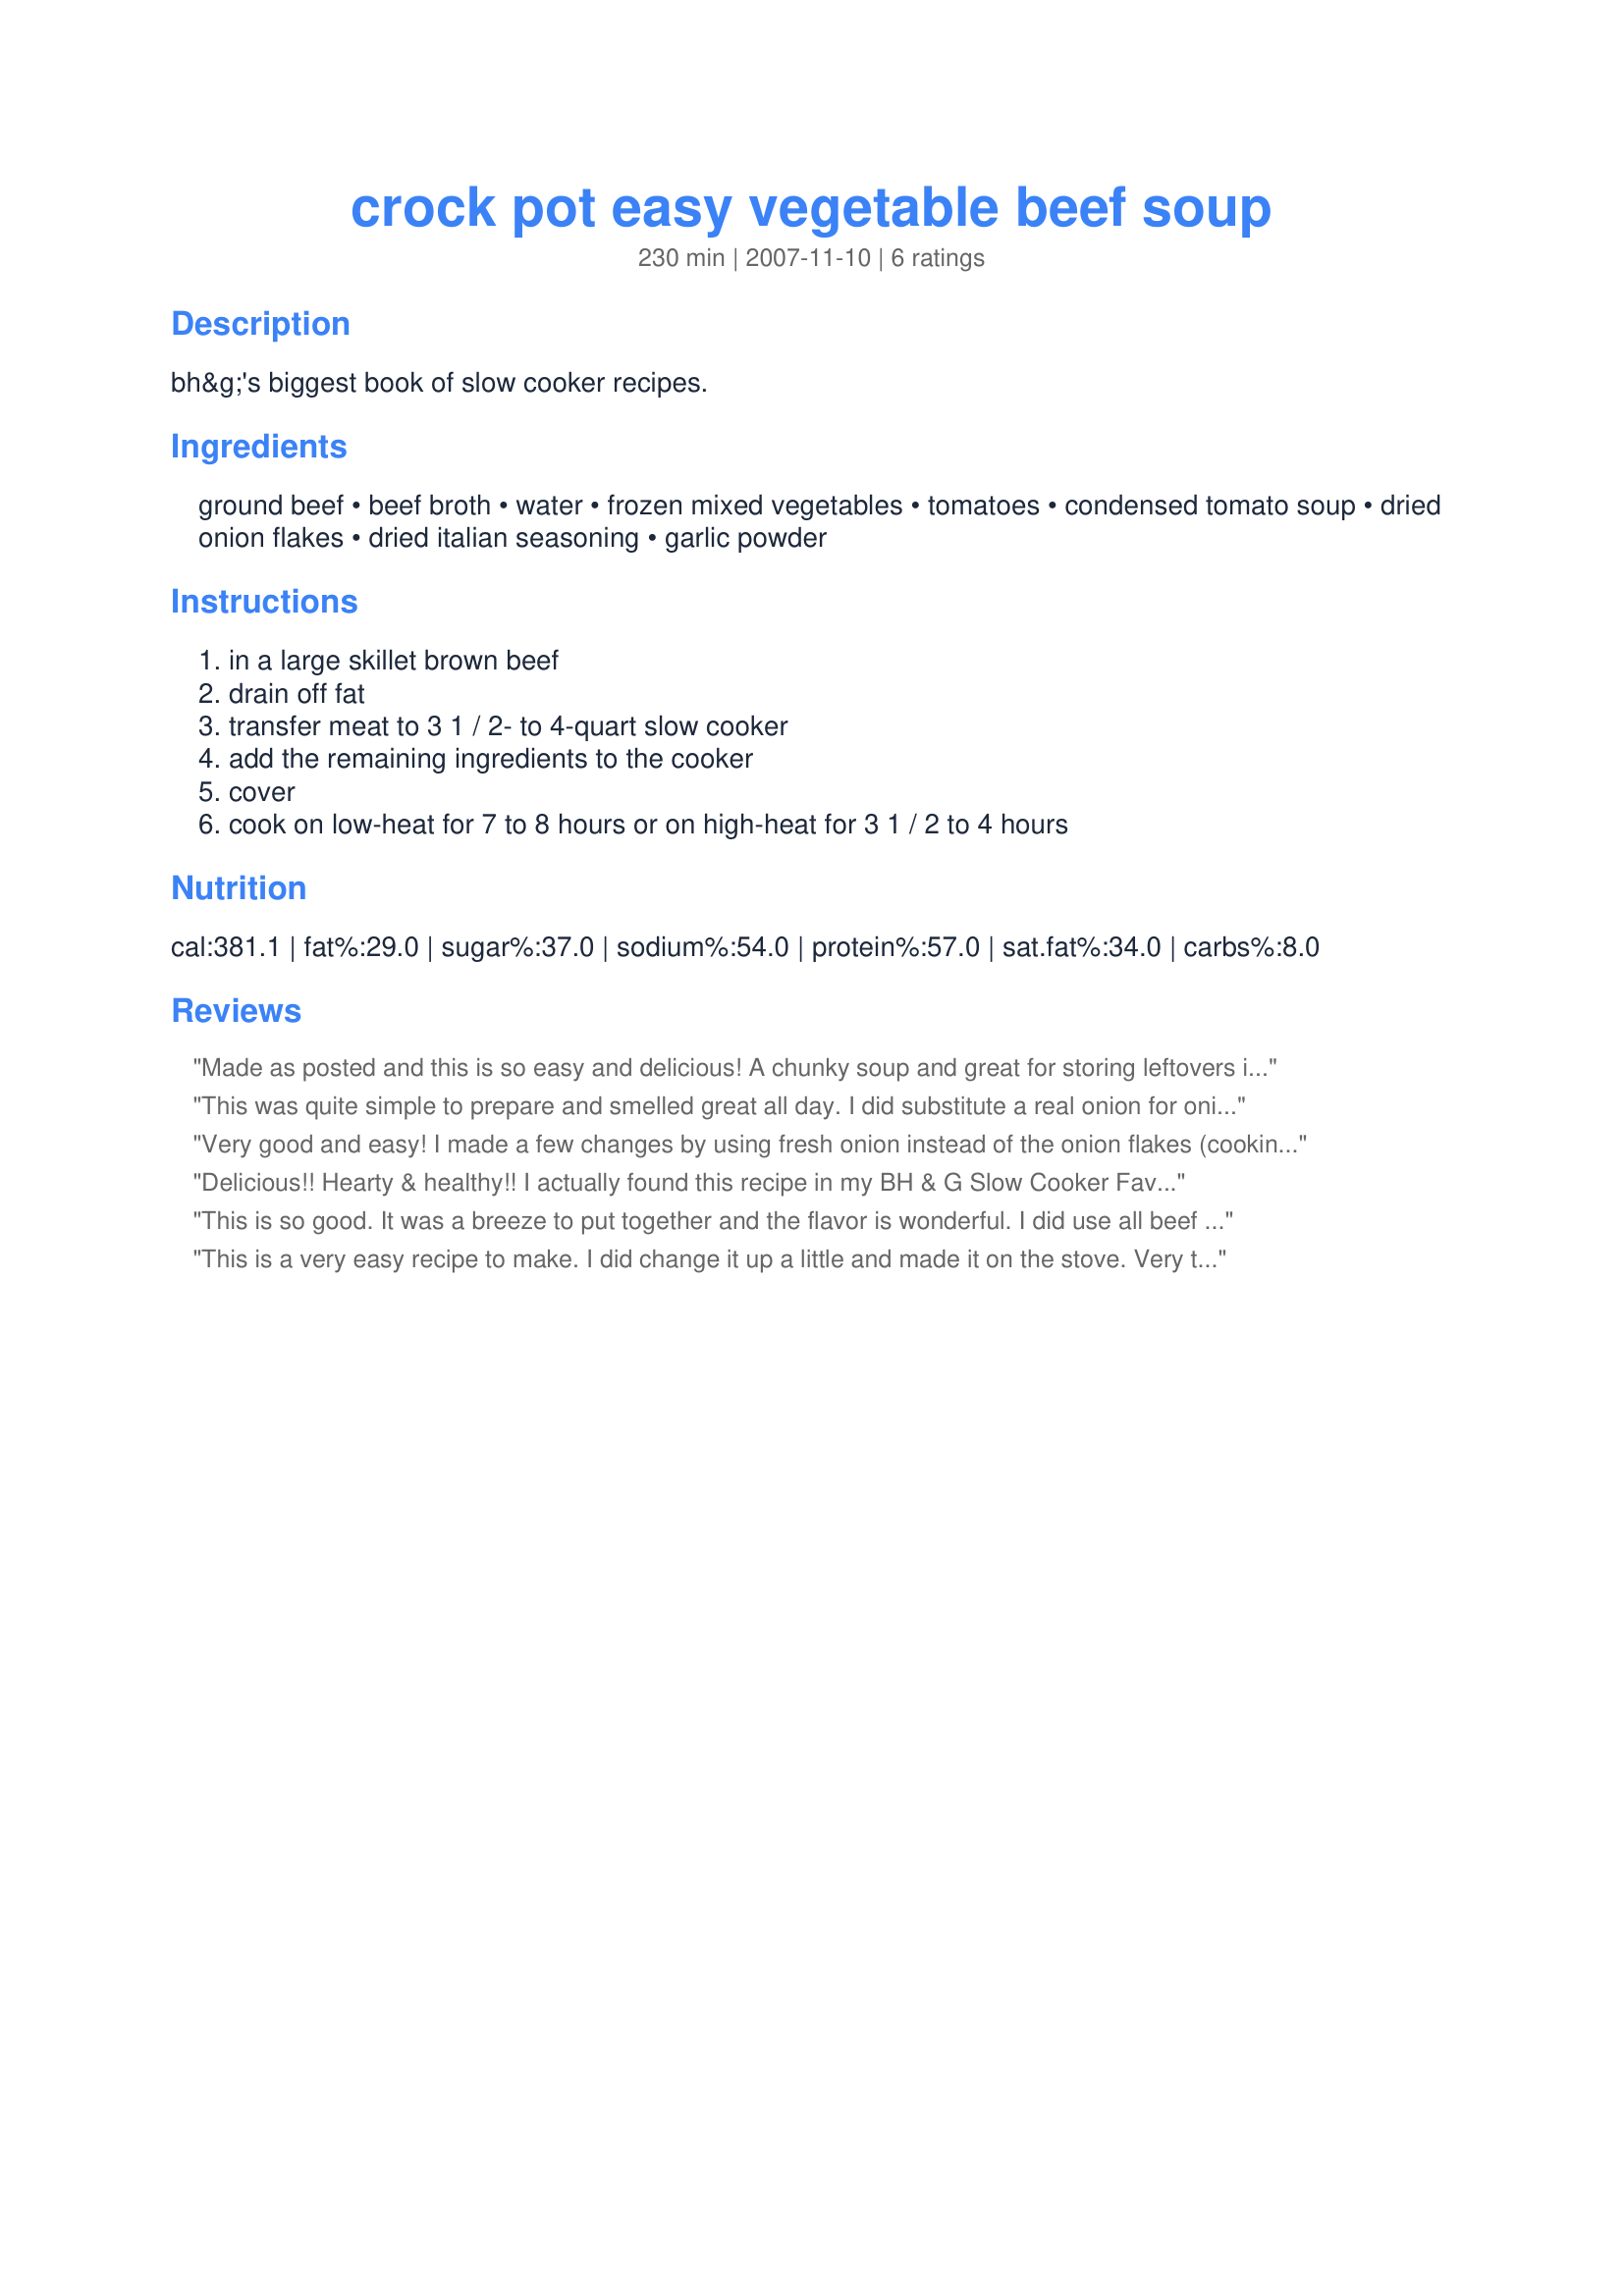
crock pot easy vegetable beef soup
Preparation time: 230 minutes

bh&g's biggest book of slow cooker recipes.

Ingredients:
ground beef, beef broth, water, frozen mixed vegetables, tomatoes, condensed tomato soup, dried onion flakes, dried italian seasoning, garlic powder

Steps:
in a large skillet brown beef, drain off fat, transfer meat to 3 1 / 2- to 4-quart slow cooker, add the remaining ingredients to the cooker, cover, cook on low-heat for 7 to 8 hours or on high-heat for 3 1 / 2 to 4 hours

Reviews:
Made as posted and this is so easy and delicious! A chunky soup and great for storing leftovers in the freezer for busier days. Thanks for sharing mersaydees. Made for Recipe Swap #46.
This was quite simple to prepare and smelled great all day. I did substitute a real onion for onion flakes and a garlic glove for the garlic powder. Also, my I chose to use the tomatoes with basil and oregano.
Very good and easy! I made a few changes by using fresh onion instead of the onion flakes (cooking the onion with the ground beef) and instead of the Italian seasoning I used oregano. Delicious! Thanks for sharing!
Delicious!! Hearty & healthy!! I actually found this recipe in my BH & G Slow Cooker Favorites Made Healthy book. I omitted the onion & used peas & carrots instead of the mixed veggies. Lots & lots of flavour!!
This is so good. It was a breeze to put together and the flavor is wonderful. I did use all beef broth in place of the water but everything else was the same. Thanks for sharing!
This is a very easy recipe to make. I did change it up a little and made it on the stove. Very tasty. Made this for Pot Luck tag 09.
